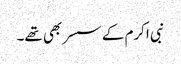
نبی اکرم کے سسر بھی تھے۔